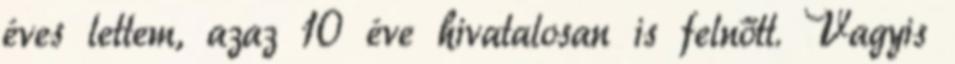
éves lettem, azaz 10 éve hivatalosan is felnőtt. Vagyis